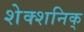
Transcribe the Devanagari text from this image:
शेक्शनिक्